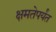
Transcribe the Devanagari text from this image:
क्षमतेपर्यंत